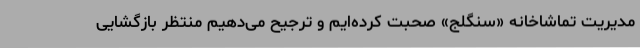
مدیریت تماشاخانه «سنگلج» صحبت کرده‌ایم و ترجیح می‌دهیم منتظر بازگشایی